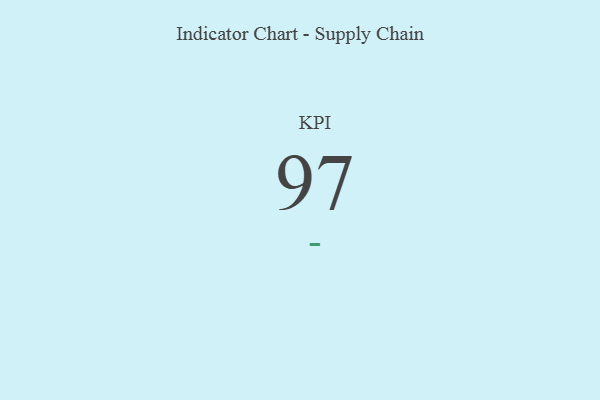
{"axis": {"x": "KPI", "y": "Value"}, "legend": [""], "data": [{"x": "KPI", "y": 97, "type": ""}]}